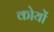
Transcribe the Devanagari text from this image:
कोयों